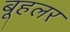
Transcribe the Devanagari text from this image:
बूहलर